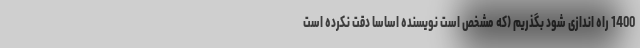
1400 راه اندازی شود بگذریم (که مشخص است نویسنده اساسا دقت نکرده است